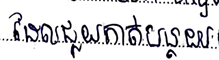
ដែលជួយកាត់បន្ថយ